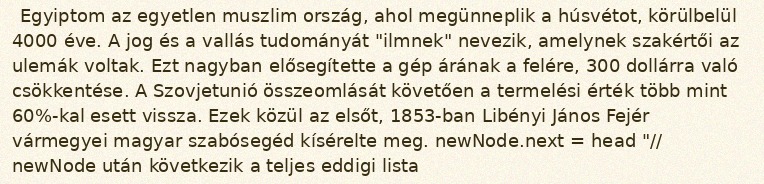
Egyiptom az egyetlen muszlim ország, ahol megünneplik a húsvétot, körülbelül 4000 éve. A jog és a vallás tudományát "ilmnek" nevezik, amelynek szakértői az ulemák voltak. Ezt nagyban elősegítette a gép árának a felére, 300 dollárra való csökkentése. A Szovjetunió összeomlását követően a termelési érték több mint 60%-kal esett vissza. Ezek közül az elsőt, 1853-ban Libényi János Fejér vármegyei magyar szabósegéd kísérelte meg. newNode.next = head "// newNode után következik a teljes eddigi lista